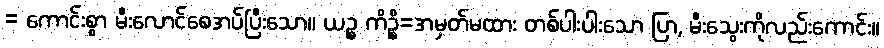
= ကောင်းစွာ မီးလောင်စေအပ်ပြီးသော။ ယဉ္စ ကိဉ္စိ=အမှတ်မထား တစ်ပါးပါးသော ပြာ, မီးသွေးကိုလည်းကောင်း။